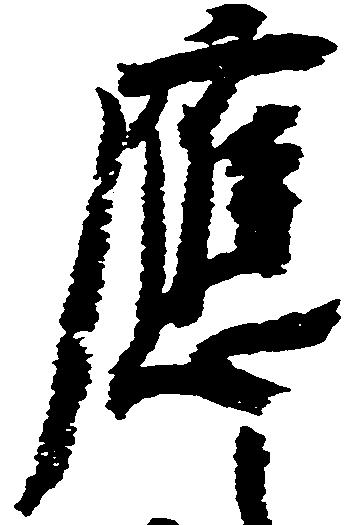
応